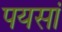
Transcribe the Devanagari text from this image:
पयसां